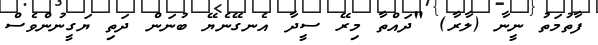
ފާތުމަތު ނީނާ (ލާރާ) "ދައްތާ މިރޭ ސީދާ އެނގޭނެޔޭ ބުނަން ދަތި ޔަގީނުންވެސް